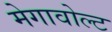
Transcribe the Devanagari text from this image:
मेगावोल्ट